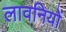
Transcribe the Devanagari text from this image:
लावनियों